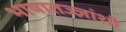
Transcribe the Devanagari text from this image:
भाषातज्ज्ञांशी